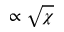
\propto \sqrt \chi